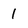
Character: l